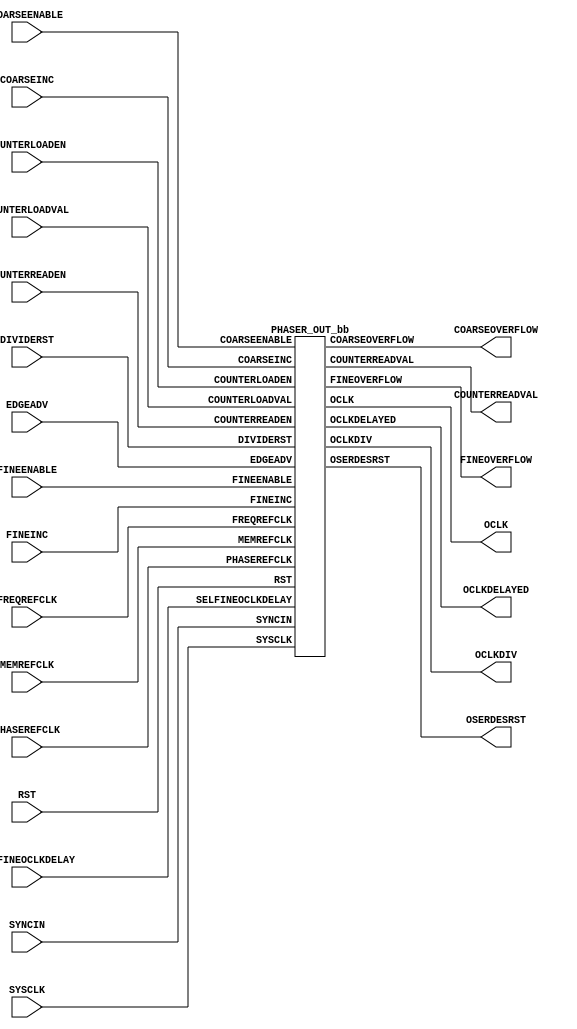
///////////////////////////////////////////////////////
//  Copyright (c) 1995/2015 Xilinx, Inc.
//  All Right Reserved.
///////////////////////////////////////////////////////
//
//   ____   ___
//  /   /\/   / 
// /___/  \  /     Vendor      : Xilinx 
// \  \    \/      Version : 2015.4
//  \  \           Description : Xilinx Formal Library Component
//  /  /                         7SERIES PHASER OUT
// /__/   /\       Filename    : PHASER_OUT.v
// \  \  /  \ 
//  \__\/\__ \                    
//                                 
///////////////////////////////////////////////////////
//  Revision: Comment:
//  22APR2010 Initial UNI/UNP/SIM version from yaml
//    10/31/14 - Added inverter functionality for IS_*_INVERTED parameter (CR 828995).
// End Revision
///////////////////////////////////////////////////////

`timescale 1 ps / 1 ps 

`celldefine

module PHASER_OUT (
  COARSEOVERFLOW,
  COUNTERREADVAL,
  FINEOVERFLOW,
  OCLK,
  OCLKDELAYED,
  OCLKDIV,
  OSERDESRST,

  COARSEENABLE,
  COARSEINC,
  COUNTERLOADEN,
  COUNTERLOADVAL,
  COUNTERREADEN,
  DIVIDERST,
  EDGEADV,
  FINEENABLE,
  FINEINC,
  FREQREFCLK,
  MEMREFCLK,
  PHASEREFCLK,
  RST,
  SELFINEOCLKDELAY,
  SYNCIN,
  SYSCLK
);

`ifdef XIL_TIMING
  parameter LOC = "UNPLACED";
`endif

  parameter integer CLKOUT_DIV = 4;
  parameter COARSE_BYPASS = "FALSE";
  parameter integer COARSE_DELAY = 0;
  parameter EN_OSERDES_RST = "FALSE";
  parameter integer FINE_DELAY = 0;
  parameter [0:0] IS_RST_INVERTED = 1'b0;
  parameter real MEMREFCLK_PERIOD = 0.000;
  parameter OCLKDELAY_INV = "FALSE";
  parameter integer OCLK_DELAY = 0;
  parameter OUTPUT_CLK_SRC = "PHASE_REF";
  parameter real PHASEREFCLK_PERIOD = 0.000;
  parameter [2:0] PO = 3'b000;
  parameter real REFCLK_PERIOD = 0.000;
  parameter SYNC_IN_DIV_RST = "FALSE";
  
  output COARSEOVERFLOW;
  output FINEOVERFLOW;
  output OCLK;
  output OCLKDELAYED;
  output OCLKDIV;
  output OSERDESRST;
  output [8:0] COUNTERREADVAL;

  input COARSEENABLE;
  input COARSEINC;
  input COUNTERLOADEN;
  input COUNTERREADEN;
  input DIVIDERST;
  input EDGEADV;
  input FINEENABLE;
  input FINEINC;
  input FREQREFCLK;
  input MEMREFCLK;
  input PHASEREFCLK;
  input RST;
  input SELFINEOCLKDELAY;
  input SYNCIN;
  input SYSCLK;
  input [8:0] COUNTERLOADVAL;

  wire RST_in;
   
  assign RST_in = RST ^ IS_RST_INVERTED;
   
  PHASER_OUT_bb inst_bb (
              .COARSEOVERFLOW(COARSEOVERFLOW),
              .COUNTERREADVAL(COUNTERREADVAL),
              .FINEOVERFLOW(FINEOVERFLOW),
              .OCLK(OCLK),
              .OCLKDELAYED(OCLKDELAYED),
              .OCLKDIV(OCLKDIV),
              .OSERDESRST(OSERDESRST),
              .COARSEENABLE(COARSEENABLE),
              .COARSEINC(COARSEINC),
              .COUNTERLOADEN(COUNTERLOADEN),
              .COUNTERLOADVAL(COUNTERLOADVAL),
              .COUNTERREADEN(COUNTERREADEN),
              .DIVIDERST(DIVIDERST),
              .EDGEADV(EDGEADV),
              .FINEENABLE(FINEENABLE),
              .FINEINC(FINEINC),
              .FREQREFCLK(FREQREFCLK),
              .MEMREFCLK(MEMREFCLK),
              .PHASEREFCLK(PHASEREFCLK),
              .RST(RST_in),
              .SELFINEOCLKDELAY(SELFINEOCLKDELAY),
              .SYNCIN(SYNCIN),
              .SYSCLK(SYSCLK)
              );

endmodule

module PHASER_OUT_bb (
  output COARSEOVERFLOW,
  output FINEOVERFLOW,
  output OCLK,
  output OCLKDELAYED,
  output OCLKDIV,
  output OSERDESRST,
  output [8:0] COUNTERREADVAL,

  input COARSEENABLE,
  input COARSEINC,
  input COUNTERLOADEN,
  input COUNTERREADEN,
  input DIVIDERST,
  input EDGEADV,
  input FINEENABLE,
  input FINEINC,
  input FREQREFCLK,
  input MEMREFCLK,
  input PHASEREFCLK,
  input RST,
  input SELFINEOCLKDELAY,
  input SYNCIN,
  input SYSCLK,
  input [8:0] COUNTERLOADVAL
);

endmodule

`endcelldefine